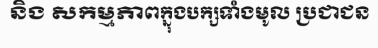
និង សកម្មភាពក្នុងបក្សទាំងមូល ប្រជាជន